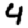
Digit: 4